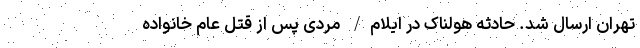
تهران ارسال شد. حادثه هولناک در ایلام/ مردی پس از قتل عام خانواده